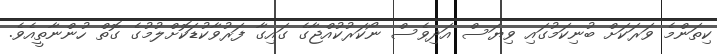
ކިތަންމެ ވަރަކަށް ބުނިކަމުގައި ވިޔަސް އަދިވެސް ނޯކަރުކުއްޖާގެ ގައިގާ ފަރުވާކުޑަކޮށްލުމުގެ ގޮތް ހުންނާތީއެވެ.